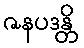
ဇနပဒန္တိ